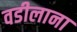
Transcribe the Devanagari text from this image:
वडीलाना